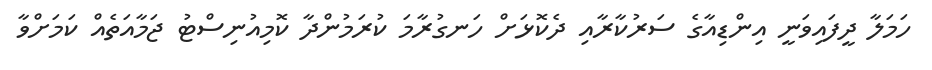
ހަމަލާ ދީފައިވަނީ އިންޑިއާގެ ސަރުކާރާއި ދެކޮޅަށް ހަނގުރާމަ ކުރަމުންދާ ކޮމިއުނިސްޓު ޖަމާއަތެއް ކަމަށްވާ